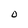
Character: O